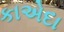
કાએદા